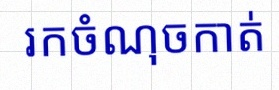
រកចំណុចកាត់